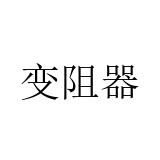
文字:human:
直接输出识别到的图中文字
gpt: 变阻器